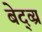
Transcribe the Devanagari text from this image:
बेद्व्य्र